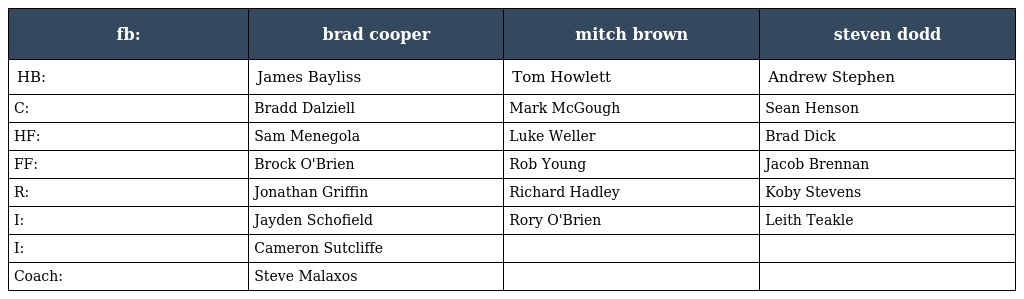
| fb: | brad cooper | mitch brown | steven dodd |
 | --- | --- | --- | --- |
 | HB: | James Bayliss | Tom Howlett | Andrew Stephen |
 | C: | Bradd Dalziell | Mark McGough | Sean Henson |
 | HF: | Sam Menegola | Luke Weller | Brad Dick |
 | FF: | Brock O'Brien | Rob Young | Jacob Brennan |
 | R: | Jonathan Griffin | Richard Hadley | Koby Stevens |
 | I: | Jayden Schofield | Rory O'Brien | Leith Teakle |
 | I: | Cameron Sutcliffe |  |  |
 | Coach: | Steve Malaxos |  |  |